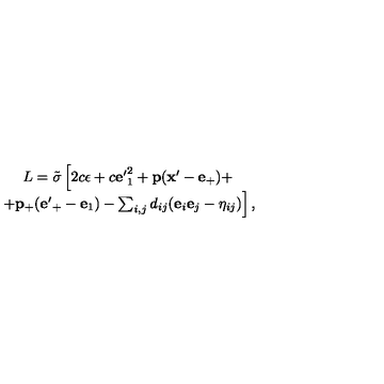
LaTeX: \begin{array} { c } { L = { \tilde { \sigma } } \left[ 2 c \epsilon + c { \bf e ^ { \prime } } _ { 1 } ^ { 2 } + { \bf p } ( { \bf x ^ { \prime } } - { \bf e } _ { + } ) + \right. } \\ { \left. + { \bf p } _ { + } ( { \bf e ^ { \prime } } _ { + } - { \bf e } _ { 1 } ) - \sum _ { i , j } d _ { i j } ( { \bf e } _ { i } { \bf e } _ { j } - \eta _ { i j } ) \right] , } \\ \end{array}